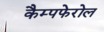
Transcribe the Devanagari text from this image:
कैम्पफेरोल